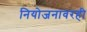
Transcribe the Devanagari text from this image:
नियोजनावरही